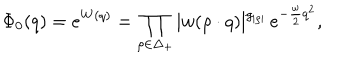
\Phi _ { 0 } ( q ) = e ^ { W ( q ) } = \prod _ { \rho \in \Delta _ { + } } | w ( \rho \cdot q ) | ^ { g _ { | \rho | } } \, e ^ { - { \frac { \omega } { 2 } } q ^ { 2 } } ,